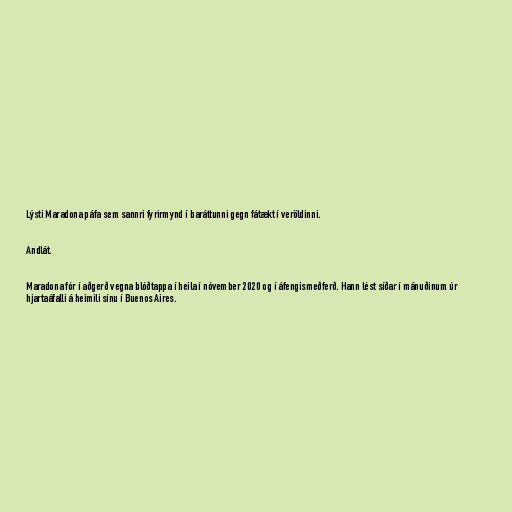
Lýsti Maradona páfa sem sannri fyrirmynd í baráttunni gegn fátækt í veröldinni.

Andlát.

Maradona fór í aðgerð vegna blóðtappa í heila í nóvember 2020 og í áfengismeðferð. Hann lést síðar í mánuðinum úr
hjartaáfalli á heimili sínu í Buenos Aires.